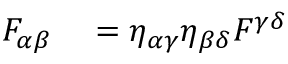
\begin{array} { r l } { F _ { \alpha \beta } } & { { } = \eta _ { \alpha \gamma } \eta _ { \beta \delta } F ^ { \gamma \delta } } \end{array}